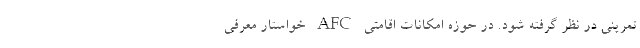
تمرینى در نظر گرفته شود. در حوزه امکانات اقامتى AFC خواستار معرفى